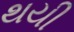
થયી